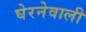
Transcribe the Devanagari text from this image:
घेरनेवाली